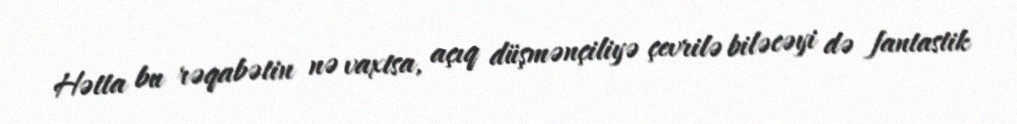
Hətta bu rəqabətin nə vaxtsa, açıq düşmənçiliyə çevrilə biləcəyi də fantastik